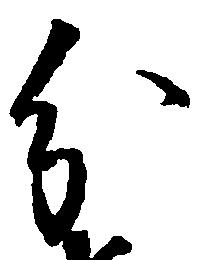
分